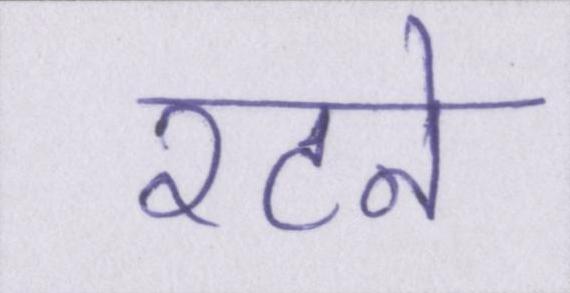
रटने